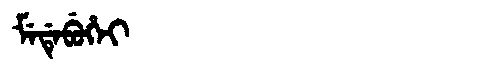
Manchu: ᠮᡝᡩᡝᠪᡠᡥᡝᡳ
Romanization: MEDEBUHEI